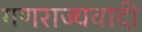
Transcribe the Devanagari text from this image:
गणराज्यवादी